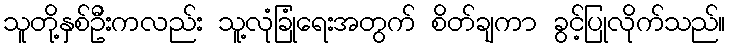
သူတို့နှစ်ဦးကလည်း သူ့လုံခြုံရေးအတွက် စိတ်ချကာ ခွင့်ပြုလိုက်သည်။